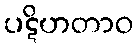
ပဋိဟတာဝ